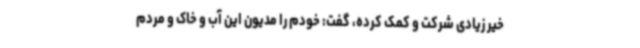
خیر زیادی شرکت و کمک کرده، گفت: خودم را مدیون این آب و خاک و مردم